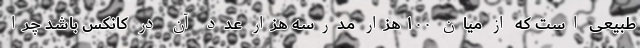
طبیعی است که از میان ۱۰۰ هزار مدرسه هزار عدد آن در کانکس باشد چرا